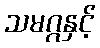
သမဂ္ဂနှင့်